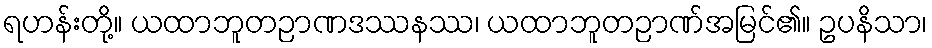
ရဟန်းတို့။ ယထာဘူတဉာဏဒဿနဿ၊ ယထာဘူတဉာဏ်အမြင်၏။ ဥပနိသာ၊